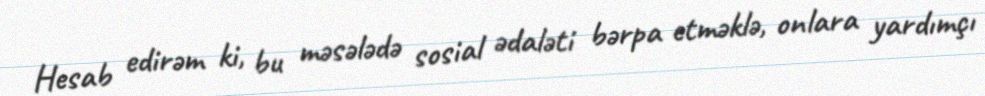
Hesab edirəm ki, bu məsələdə sosial ədaləti bərpa etməklə, onlara yardımçı